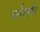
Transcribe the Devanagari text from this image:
नर्नबर्गर